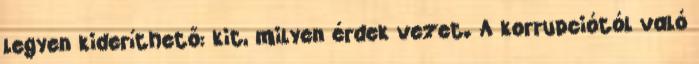
legyen kideríthető: kit, milyen érdek vezet. A korrupciótól való